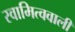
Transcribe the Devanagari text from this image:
स्वामित्ववाली